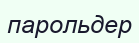
парольдер